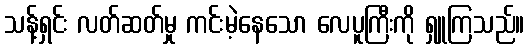
သန့်ရှင်း လတ်ဆတ်မှု ကင်းမဲ့နေသော လေပူကြီးကို ရှူကြသည်။